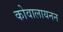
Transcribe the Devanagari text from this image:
कोवालायनन